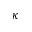
\kappa